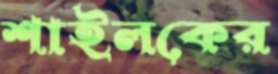
শাইলকের